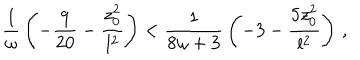
{ \frac { 1 } { \omega } } \left( - { \frac { 9 } { 2 0 } } - { \frac { z _ { 0 } ^ { 2 } } { l ^ { 2 } } } \right) < { \frac { 1 } { 8 \omega + 3 } } \left( - 3 - { \frac { 5 z _ { 0 } ^ { 2 } } { l ^ { 2 } } } \right) \, ,